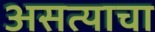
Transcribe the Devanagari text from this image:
असत्याचा